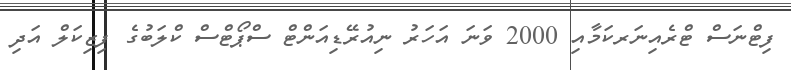
ފިޓްނަސް ޓްރެއިނަރކަމާއި 2000 ވަނަ އަހަރު ނިއުރޭޑިއަންޓް ސްޕޯޓްސް ކްލަބުގެ ފިޒިކަލް އަދި